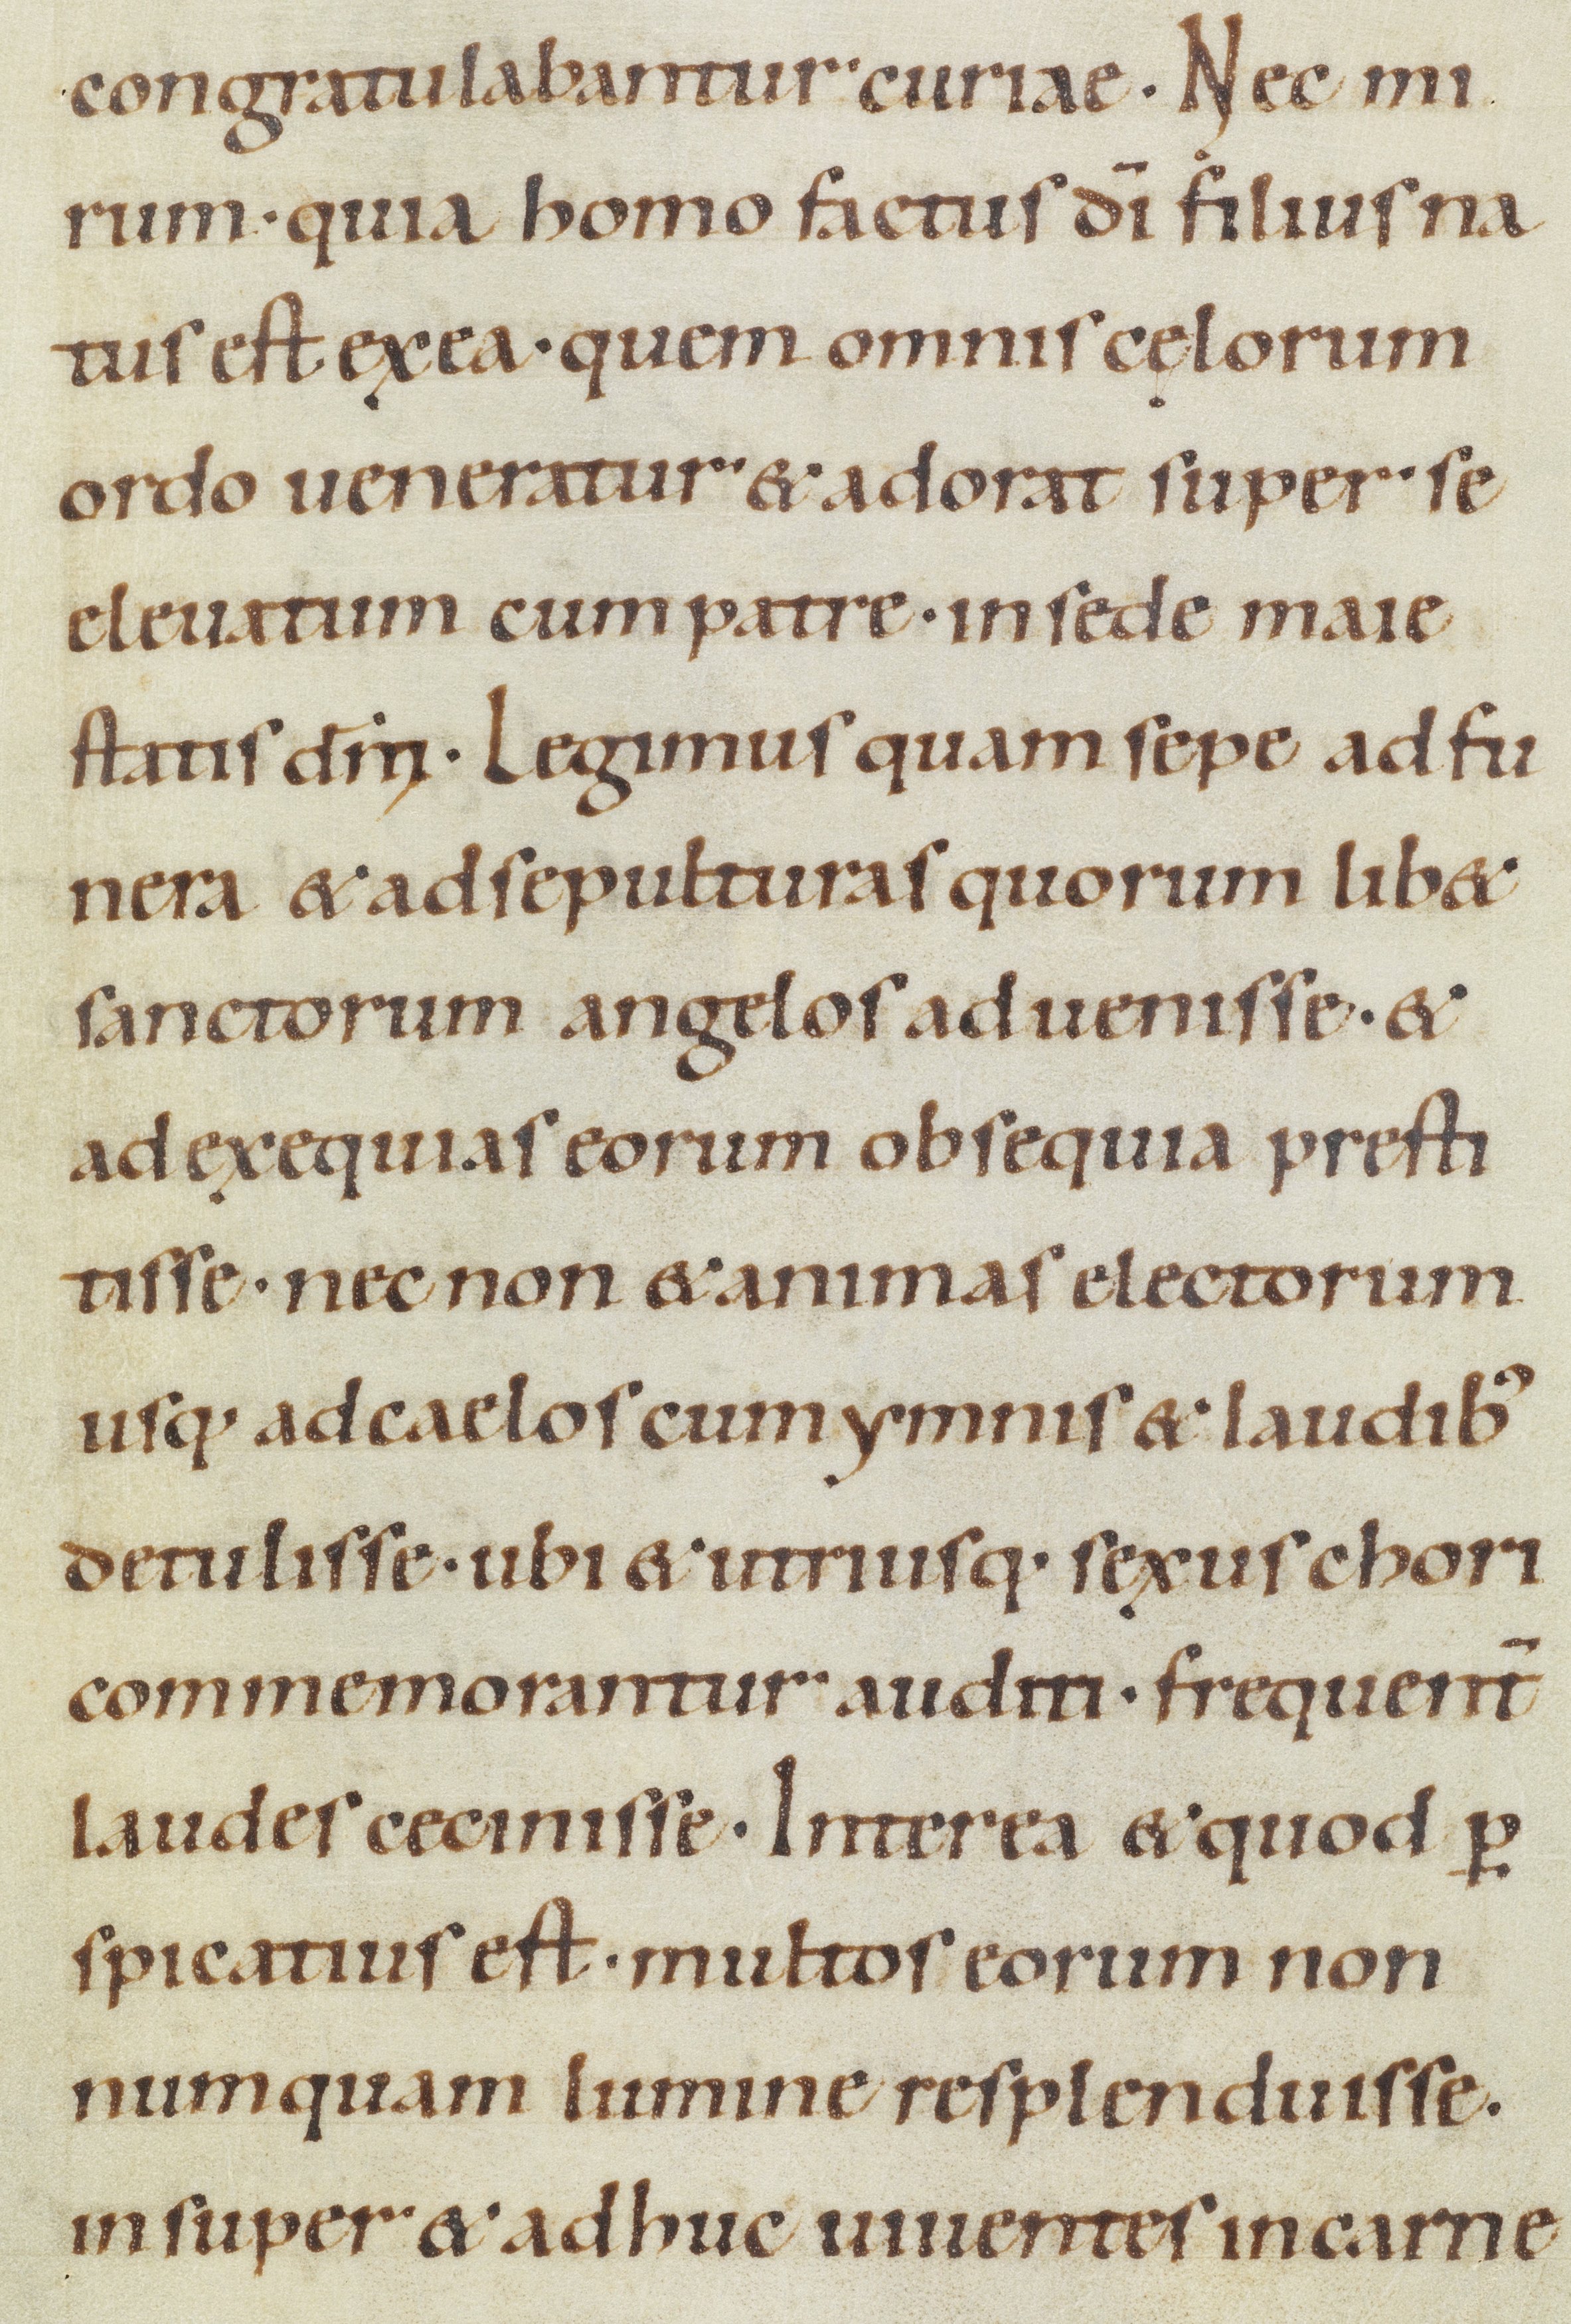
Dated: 1100–1199